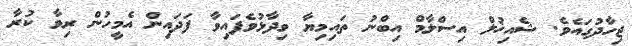
ޖިހާދުގައެވެ. ޝެއިޚުލް އިސްލާމް އިބްނު ތައިމިޔާ ވިދާޅުވެފައިވާ ފަދައިން އެމީހުން ރިވާ ކުރާ